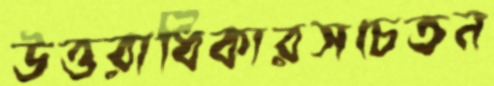
উত্তরাধিকারসচেতন